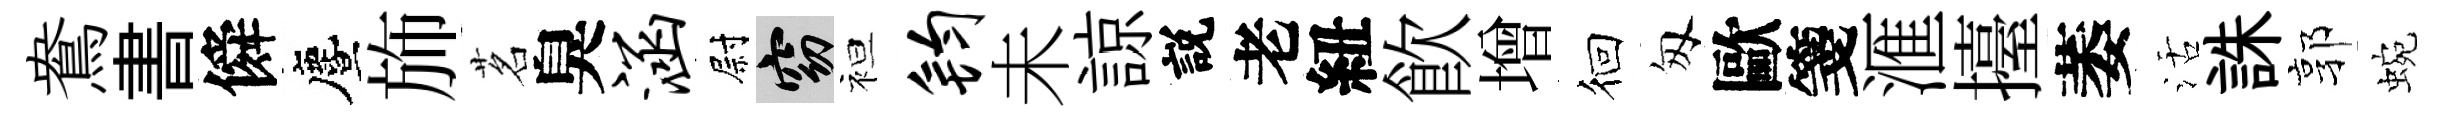
鴦書僢󵨌斾茗臭涵尉窈袒钧未諒説老紐飮增徊匆歐箋滙擡萎活誅郭蜿